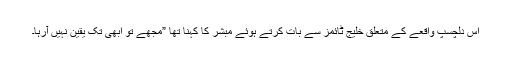
اس دلچسپ واقعے کے متعلق خلیج ٹائمز سے بات کرتے ہوئے مبشر کا کہنا تھا ”مجھے تو ابھی تک یقین نہیں آرہا۔